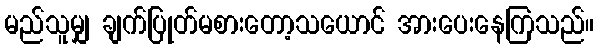
မည်သူမျှ ချက်ပြုတ်မစားတော့သယောင် အားပေးနေကြသည်။